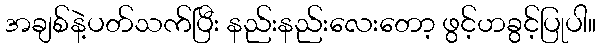
အချစ်နဲ့ပတ်သက်ပြီး နည်းနည်းလေးတော့ ဖွင့်ဟခွင့်ပြုပါ။